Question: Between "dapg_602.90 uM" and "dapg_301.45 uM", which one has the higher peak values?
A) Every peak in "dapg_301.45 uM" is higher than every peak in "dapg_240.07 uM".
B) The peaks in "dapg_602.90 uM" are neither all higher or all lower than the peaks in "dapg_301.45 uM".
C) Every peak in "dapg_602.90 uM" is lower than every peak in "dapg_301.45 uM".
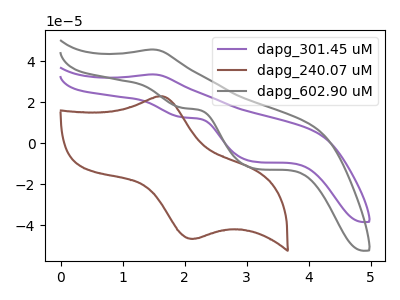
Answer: <think>The purple curve "dapg_301.45 uM" has an anodic peak at (1.45V, 33.45uA) and cathodic peaks at (2.00V, 12.50uA) (3.15V, -9.20uA). The brown curve "dapg_240.07 uM" has an anodic peak at (1.65V, 22.75uA) and a cathodic peak at (2.15V, -46.60uA). The gray curve "dapg_602.90 uM" has an anodic peak at (1.45V, 45.60uA) and cathodic peaks at (2.00V, 17.05uA) (3.15V, -12.55uA).</think>
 <answer>B) The peaks in "dapg_602.90 uM" are neither all higher or all lower than the peaks in "dapg_301.45 uM".</answer>
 <eval>B</eval>